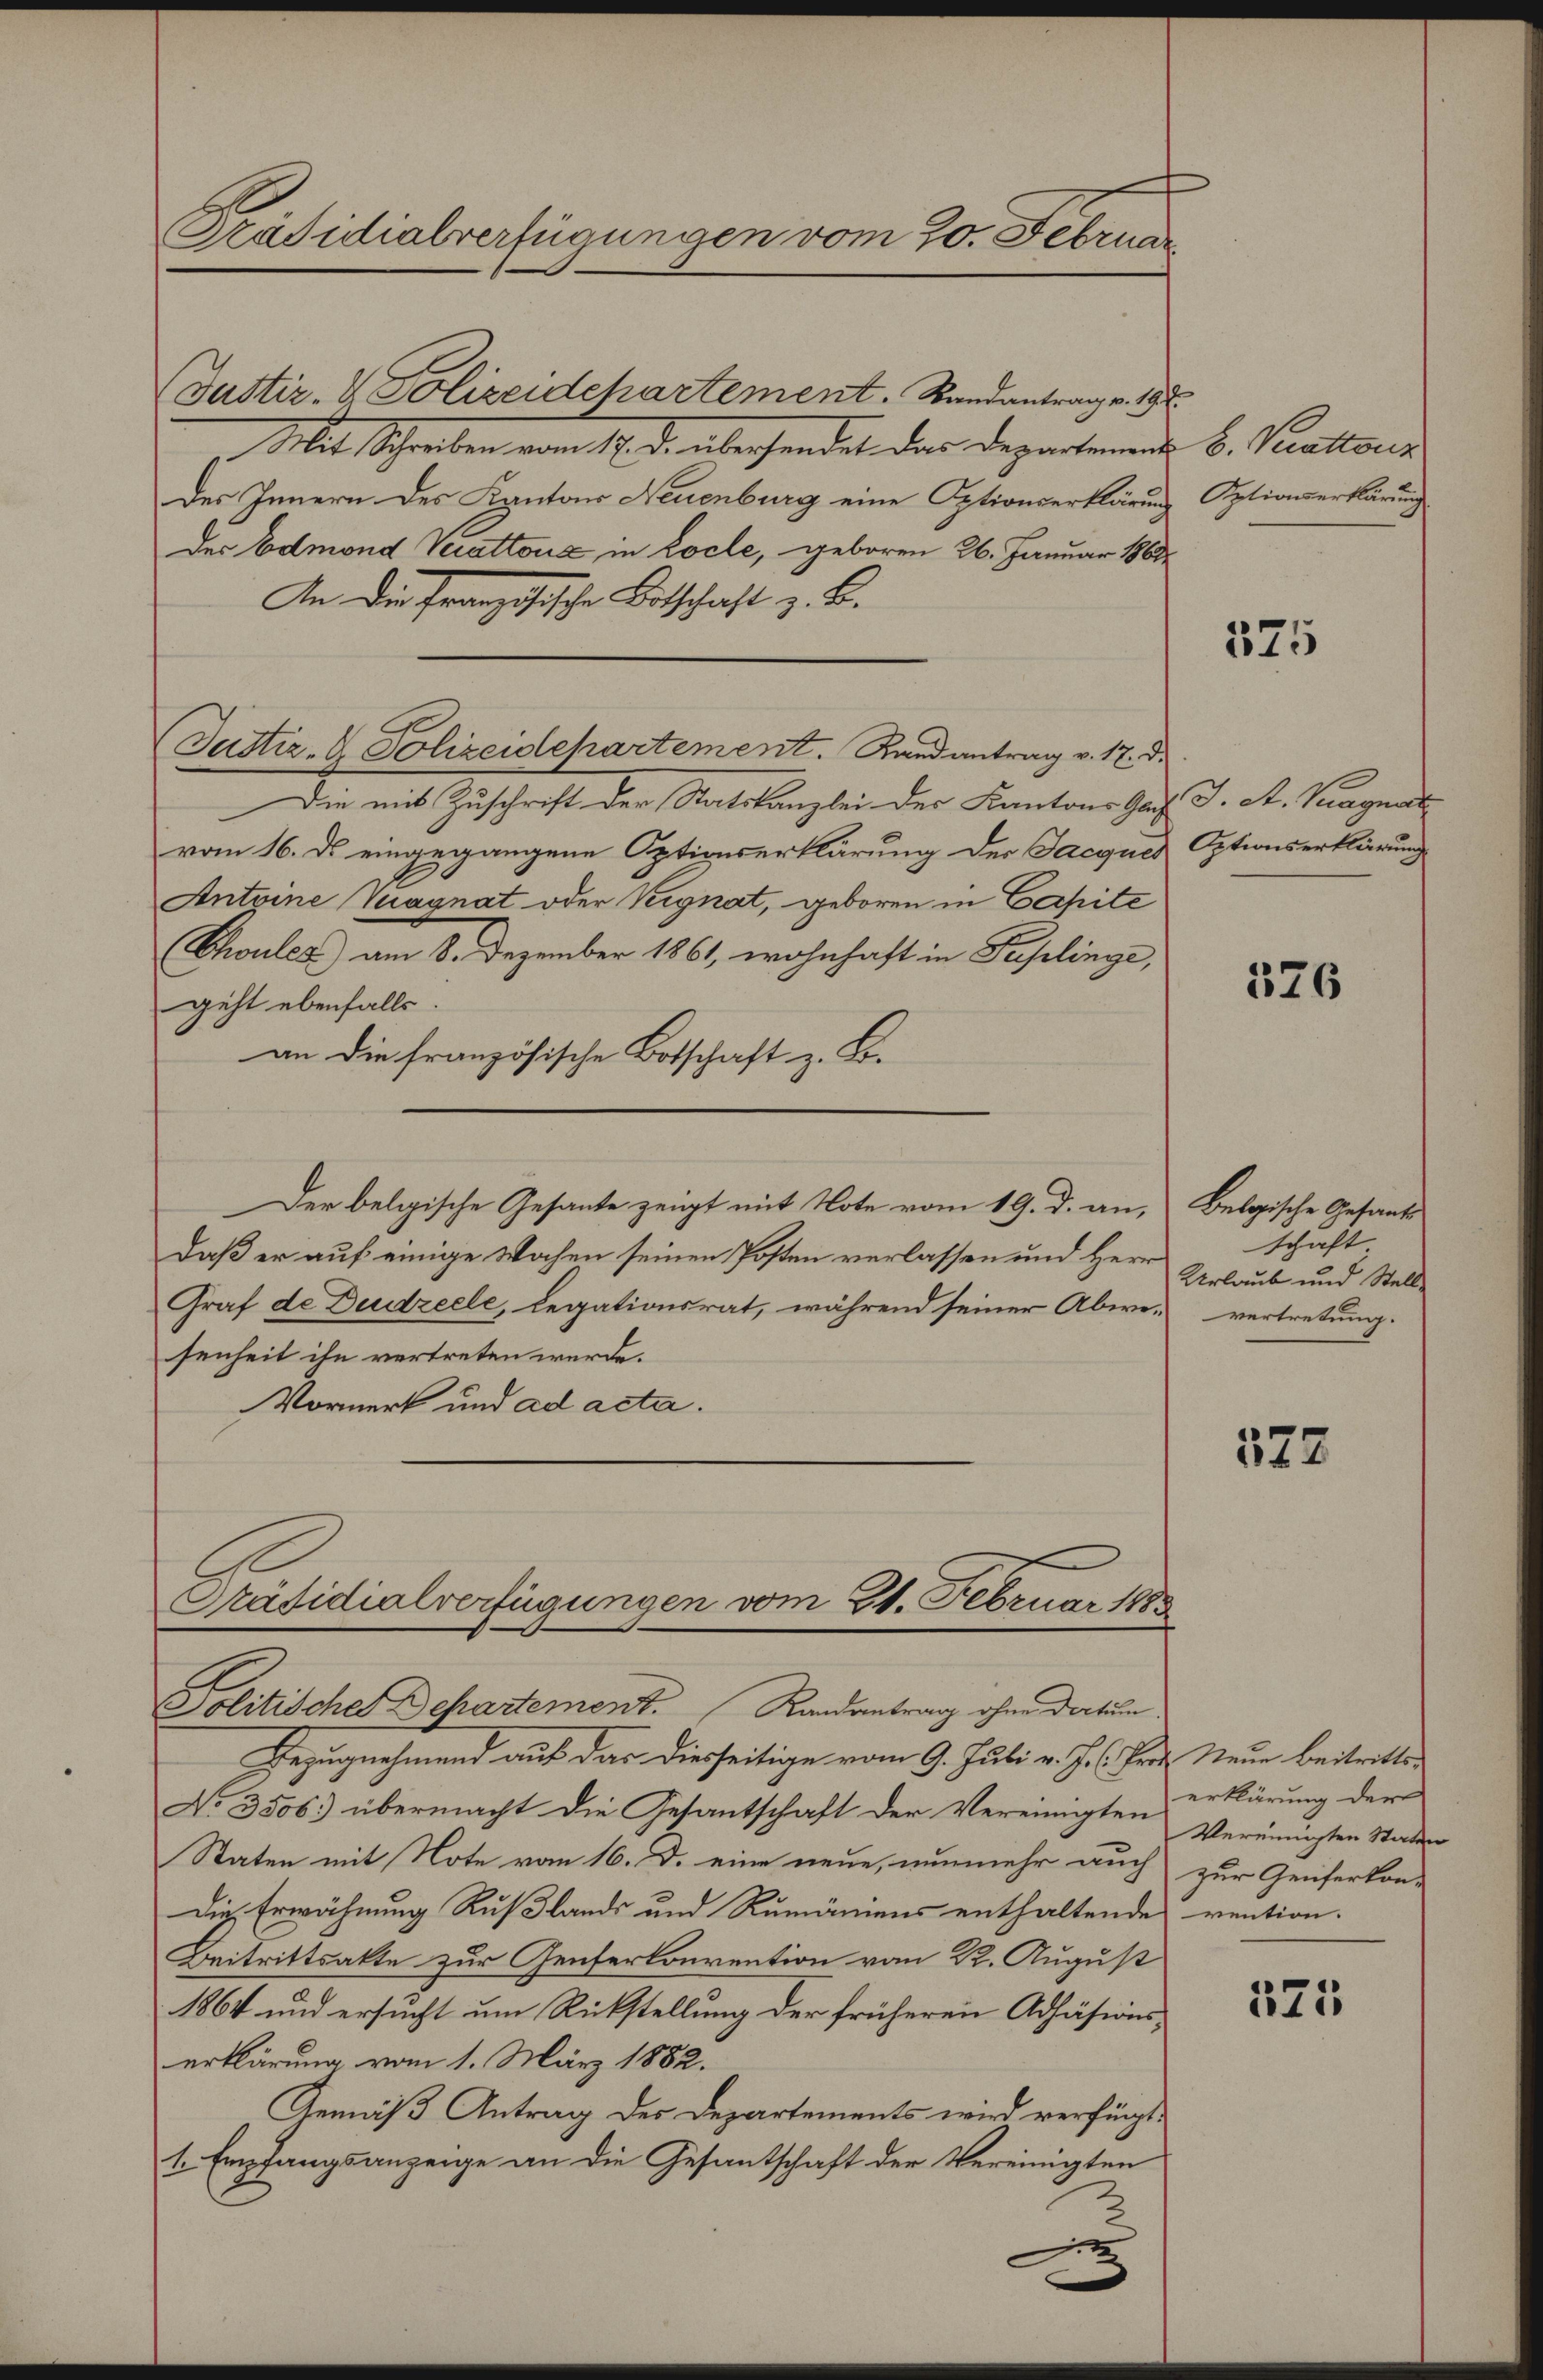
Präsidialverfügungen vom 20. Februar

Justiz- & Polizeidchartement. Standantrage. 197.
Mit Schreiben vom 17. d. überhandet der Departement b. Paraltor
des Innern des Kantons Neuenburg eine Optionserklärung
Der Admond Verattone in Locle, geboren 26. Januar 1861
An die Französische Bitschaft z. B.
Justiz- & Polizeidehartement. Randantrag v. 12. d.
Die mit Zuschrift der Statskanzlei der Kantons Gas J. St. Pagnat
vom 16. ds eingegangene Optionserklärung der Jacques
Antoine Vuagnat oder Vergnat, geboren in Capite
Choules) am 8. Dezember 1861, wohnhaft in Puplinge,
geht ebenfalls.
an die französische Botschaft z. B.
Der belgische Gesante zeigt mit Note vom 19. d. an,
daß er auf einige Wochen seinen Posten verlassen und Herr
Graf de Deutzeele, legationsrat, während seiner Abwesenheit ihn vertreten werde.
Vormerk und ad acta.
Präsidialverfügungen vom 21. Februar 1883

Politisches Departement. Randantrag ohne Dortun

Bezugnahmend auf das diesseitige vom 9. Juli v. J. C. Frz. Neue beitritten
Ao 3506.) übermacht die Gesantschaft der Vereinigten erklärung der
Staten mit Note vom 16. d. eine neue, nunmehr auch
Die Erwähnung Rußlands und Rumäniens enthaltende vention.
Beitrittsakte zur Genferkonvention vom 22. August
1864 und ersucht um Rückstellung der früheren Adjäsionserklärung vom 1. März 1882.
Gemäß Antrag der Departements wird verfügt:
1. Empfangsanzeige an die Gesantschaft der Vereinigten

Optionserklärung

375

Optionserklärung

576

Belgische Gesant
schaft
Urlaub und Stell
vertretung.

378

Vereinigten Statten
zur Genferkon-

521